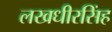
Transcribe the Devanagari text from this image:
लखधीरसिंह